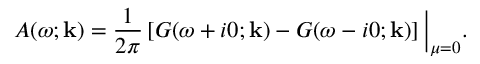
A ( \omega ; \mathbf { k } ) = \frac { 1 } { 2 \pi } \left[ G ( \omega + i 0 ; \mathbf { k } ) - G ( \omega - i 0 ; \mathbf { k } ) \right] \Big | _ { \mu = 0 } .